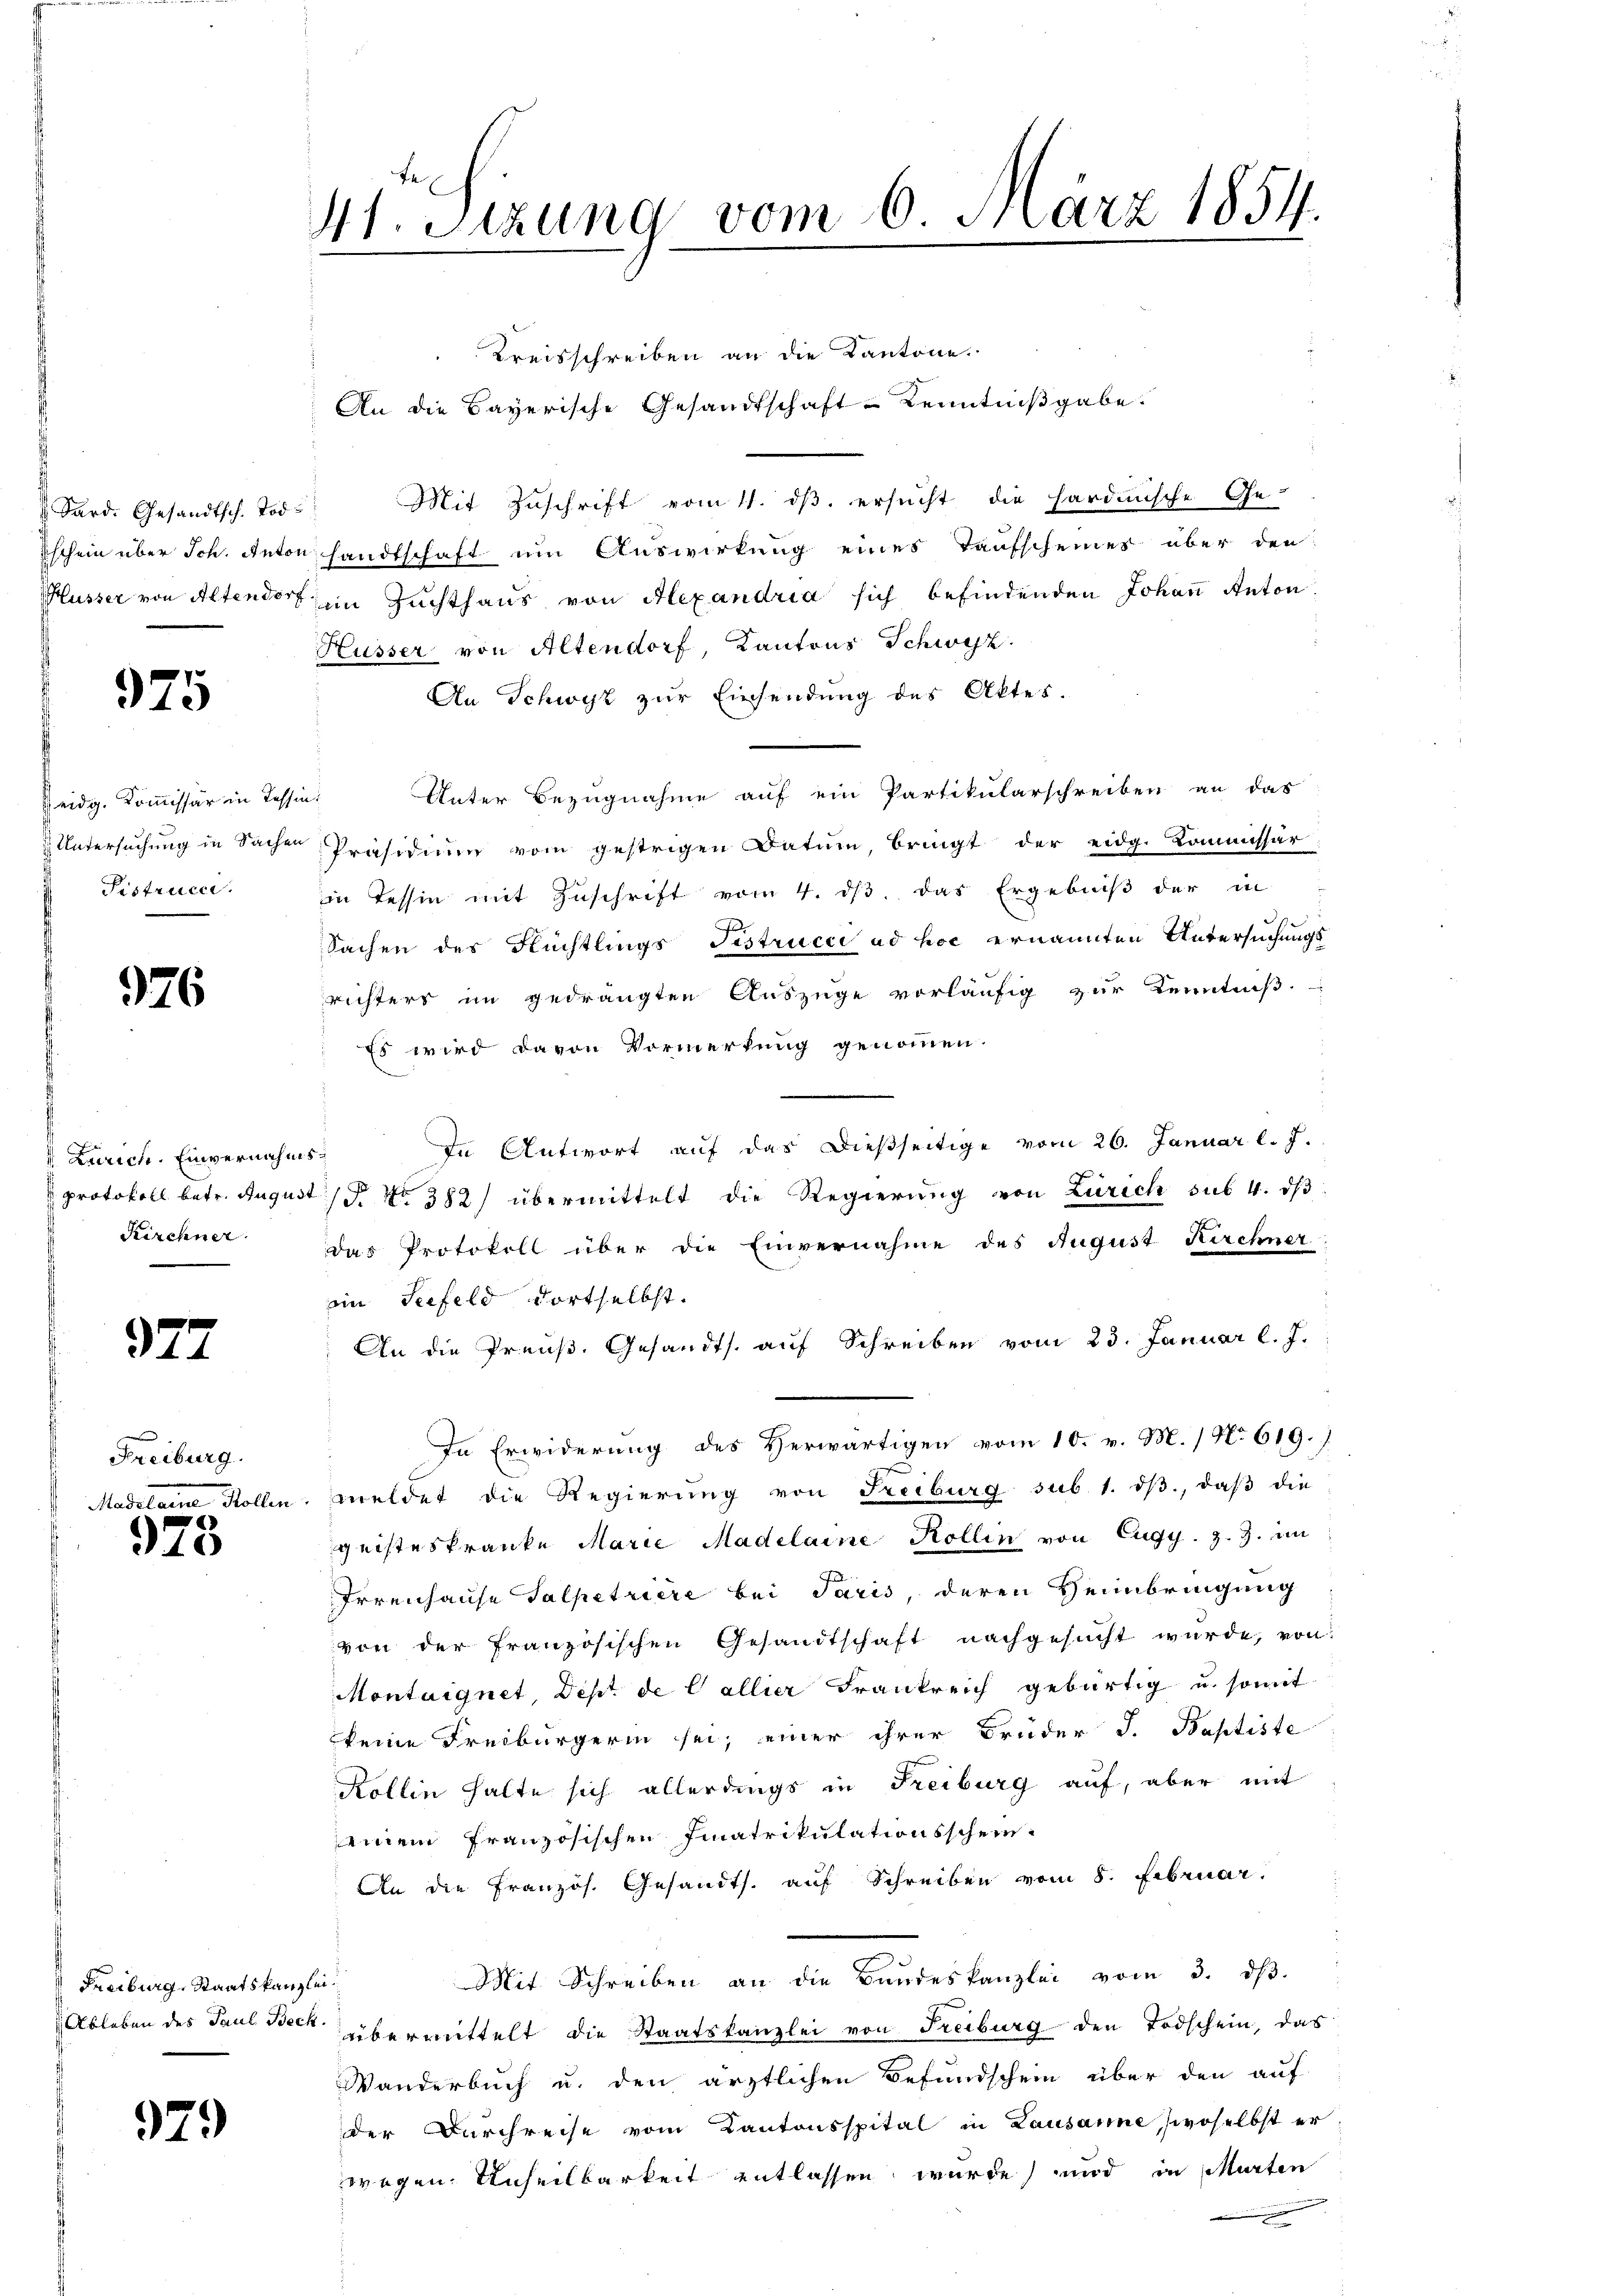
Sard. Gesandtsch. Tod.

975

Heidg. Kommissär in Tes
Fistrucer.

976.

Zürich. Einvernahms¬
Kirchner

927

Freiburg.

978

Freiburg, Staatskanzlei

979

41. Sizung vom 6. März 1854.

Kreisschreiben an die Kantone.
An die Bayerische Gesandtschaft Kenntnißgabe.
Mit Zuschrift vom 11. ds. ersucht die hardinische Ge-
Eschein über Sch. Anton handtschaft um Auswirkung eines Taufscheines über den
Hüsser von Altendorf, im Zuchthaus von Alexandria sich befindenden Johann Anton
Hüsser von Altendorf, Kantons Schwyz.
An Schwyz zur Einsendung des Aktes.
Unter Bezugnahme auf ein Partikularschreiben an das
hin.
Untersuchung in Sachen Präsidium vom gestrigen Datum, bringt der eidg. Kommissär
in Tessin mit Zuschrift vom 4. ds. das Ergebniß der in
Sachen des Flüchtlings Fistructi ad hoc ernannten Untersuchungs
richters im gedrängten Auszüge vorläufig zur Kenntniß
Es wird davon Vormerkung genommen.
In Antwort auf das dießseitige vom 26. Januar l. J.
protokoll betr. August (S. Nr. 382) übermittelt die Regierŭng von Zürich sub 4. dβ
Das Protokoll über die Einvernahme des August Kirchner
ein Seefeld dortselbst.
An die Preuß. Gesandts. auf Schreiben vom 23. Januar l. J.
In Erwiderung des Herwärtigen vom 10. v. M. / No 619.)
Madelame Kollen, meldet die Regierung von Freiburg sub 1. dβ, daß die
geisteskranke Marie Madelaine Kollin von Eugy. z. Z. im
Irrenhause Salpetriere bei Paris, deren Heimbringung
von der französischen Gesandtschaft nachgesucht wurde, von
Montaignet, Dept de Callier Frankreich gebürtig u. somit
keine Freiburgerin sei; einer ihrer Brüder J. Baptiste
Kollin halte sich allerdings in Freiburg auf, aber mit
seinem französischen Fiatrikulationsschein.
An die Französ. Gesandts. auf Schreiben vom 8. Februar.
Mit Schreiben an die Bundeskanzlei vom 3. dβ.
Ableben des Paul Beck übermittelt die Staatskanzlei von Freiburg den Todschein, das
Wanderbuch u. den ärztlichen Befundschein über den auf
der Durchreise vom Kantonsspital in Lausanne, woselbst er
wegen Unheilbarkeit entlassen wurde, und in Murten
n